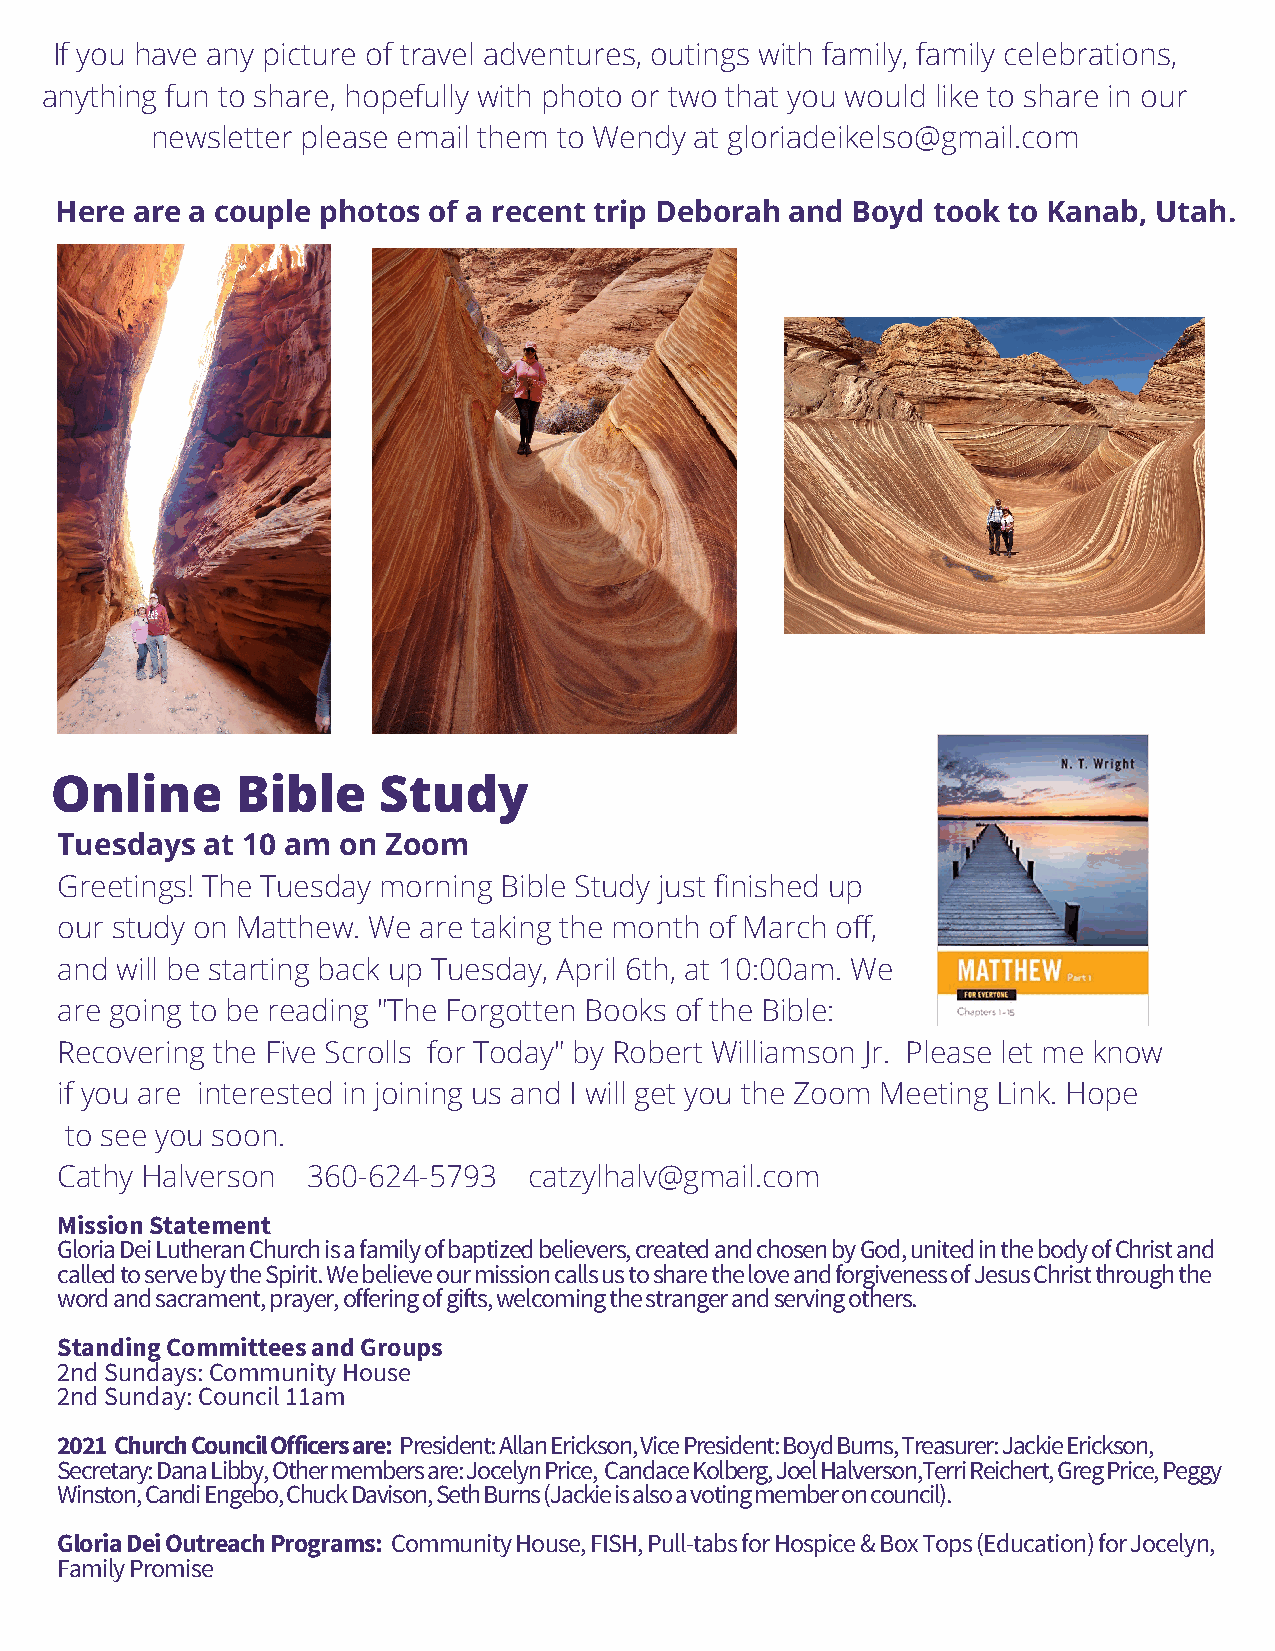
If you have any picture of travel adventures, outings with family, family celebrations,
 anything fun to share, hopefully with photo or two that you would like to share in our
 newsletter please email them to Wendy at gloriadeikelso@gmail.com
 Here are a couple photos of a recent trip Deborah and Boyd took to Kanab, Utah.
 Online       Bible    Study
 Tuesdays at 10 am on  Zoom
 Greetings! The Tuesday morning Bible Study just finished up
 our study on Matthew. We are taking the month of March off,
 and will be starting back up Tuesday, April 6th, at 10:00am. We
 are going to be reading "The Forgotten Books of the Bible:
 Recovering the Five Scrolls for Today" by Robert Williamson Jr. Please let me know
 if you are interested in joining us and I will get you the Zoom Meeting Link. Hope
 to see you soon.
 Cathy Halverson 360-624-5793   catzylhalv@gmail.com
 Mission Statement
 Gloria Dei Lutheran Church is a family of baptized believers, created and chosen by God, united in the body of Christ and
 called to serve by the Spirit. We believe our mission calls us to share the love and forgiveness of Jesus Christ through the
 word and sacrament, prayer, offering of gifts, welcoming the stranger and serving others.
 Standing Committees and Groups
 2nd Sundays: Community House
 2nd Sunday: Council 11am
 2021 Church Council Officers are: President: Allan Erickson, Vice President: Boyd Burns, Treasurer: Jackie Erickson,
 Secretary: Dana Libby, Other members are: Jocelyn Price, Candace Kolberg, Joel Halverson,Terri Reichert, Greg Price, Peggy
 Winston, Candi Engebo, Chuck Davison, Seth Burns (Jackie is also a voting member on council).
 Gloria Dei Outreach Programs: Community House, FISH, Pull-tabs for Hospice & Box Tops (Education) for Jocelyn,
 Family Promise